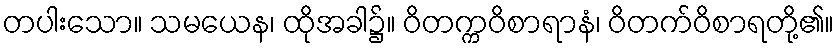
တပါးသော။ သမယေန၊ ထိုအခါ၌။ ဝိတက္ကဝိစာရာနံ၊ ဝိတက်ဝိစာရတို့၏။